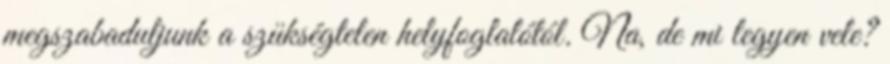
megszabaduljunk a szükségtelen helyfoglalótól. Na, de mi legyen vele?